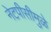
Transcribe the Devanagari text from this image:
नेटपीसीमुळे